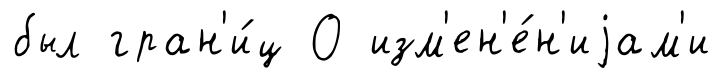
был гран'и́ц О изм'ен'е́н'иjам'и